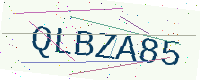
Text: QLBZA85